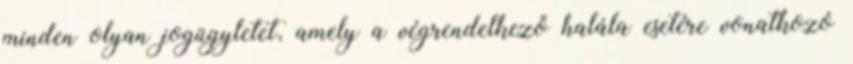
minden olyan jogügyletet, amely a végrendelkező halála esetére vonatkozó